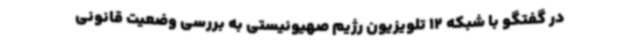
در گفتگو با شبکه 12 تلویزیون رژیم صهیونیستی به بررسی وضعیت قانونی